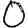
Digit: 0